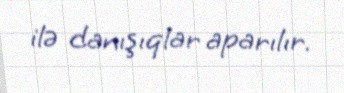
ilə danışıqlar aparılır.